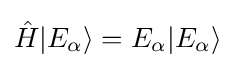
{\hat {H}}|E_{\alpha }\rangle =E_{\alpha }|E_{\alpha }\rangle